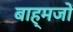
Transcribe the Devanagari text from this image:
बाह्मजों